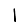
Digit: 1